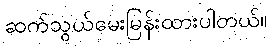
ဆက်သွယ်မေးမြန်းထားပါတယ်။